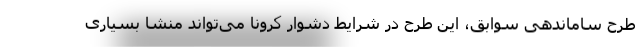
طرح ساماندهی سوابق، این طرح در شرایط دشوار کرونا می‌تواند منشا بسیاری